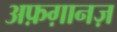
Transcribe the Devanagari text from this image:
अफ़ग़ानज़